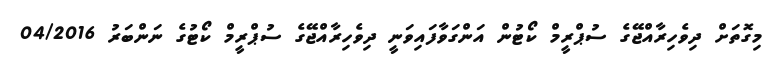
މިގޮތަށް ދިވެހިރާއްޖޭގެ ސުޕްރީމް ކޯޓުން އަންގަވާފައިވަނީ ދިވެހިރާއްޖޭގެ ސުޕްރީމް ކޯޓުގެ ނަންބަރު 04/2016